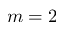
m = 2